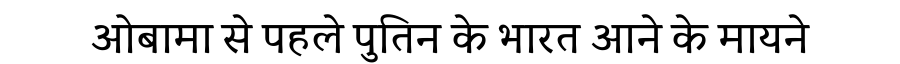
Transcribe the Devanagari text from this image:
ओबामा से पहले पुतिन के भारत आने के मायने